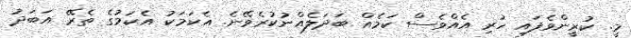
މީ. ކުރީންވެފައި ހުރި އެއްވެސް ކަމެއް ބަދަލެއްނުކުރެވޭނެ. އެކަމަކު އެކަމުގެ ތެރޭ އަބަދު